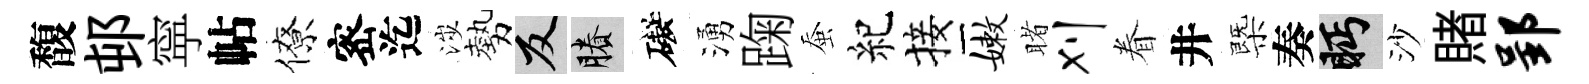
馥邨寜帖僚宻迄涉勢反賸礙湧踘蚕紀接嫩睹刈眷井㮣奏眄沙賭郢